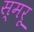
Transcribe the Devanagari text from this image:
स्मरू